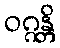
ဝဂ္ဂန္တိ